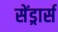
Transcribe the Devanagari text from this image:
सेंड्रार्स